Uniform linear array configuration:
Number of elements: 32
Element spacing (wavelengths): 0.5
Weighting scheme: blackman
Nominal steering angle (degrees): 45
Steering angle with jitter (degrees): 45.861
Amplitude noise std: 0.05
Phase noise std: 0.05

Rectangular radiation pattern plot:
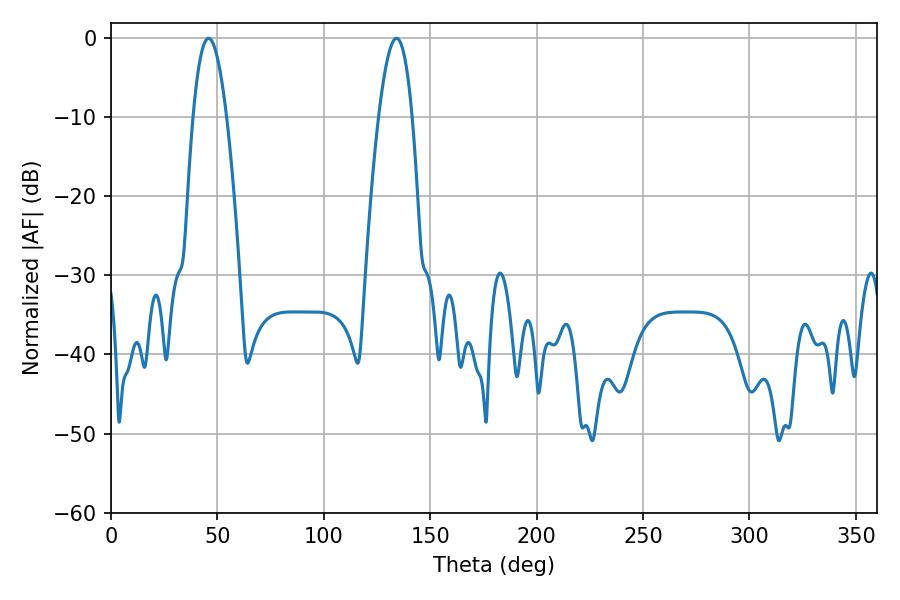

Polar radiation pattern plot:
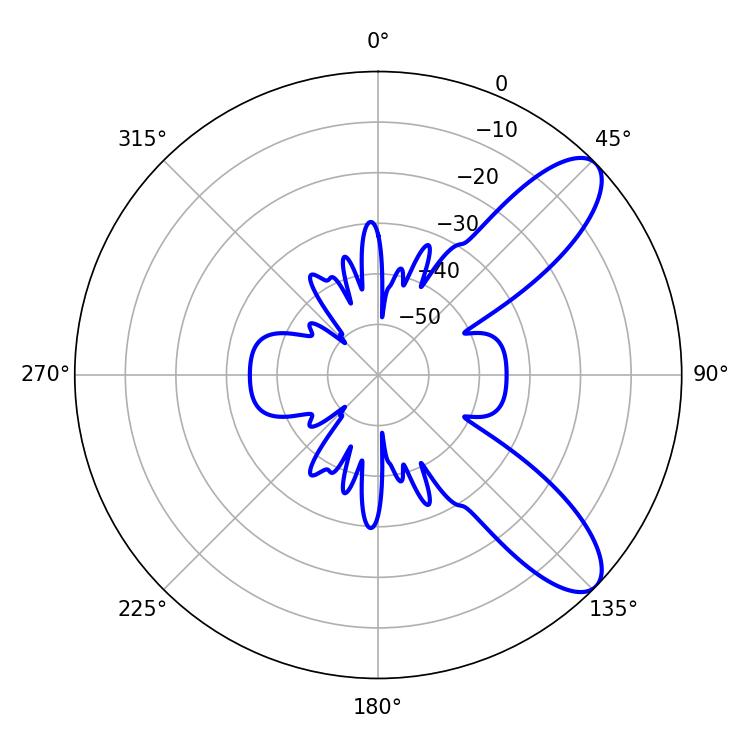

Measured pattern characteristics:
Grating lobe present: FALSE
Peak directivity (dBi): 9.318
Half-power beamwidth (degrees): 8.64
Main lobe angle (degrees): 45.9